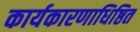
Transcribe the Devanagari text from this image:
कार्यकारणाधिष्ठित